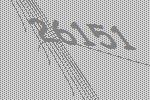
26151